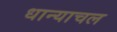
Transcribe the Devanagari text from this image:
धान्याचल